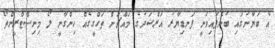
އެ ބަޔާނުގައި ބުނެފައިވަނީ ފަނޑިޔާރު އަރްޝަދުގެ މައްޗަށް ތަހްގީގެއް ހިންގާނީ ލޯ މިނިސްޓްރީންތޯ